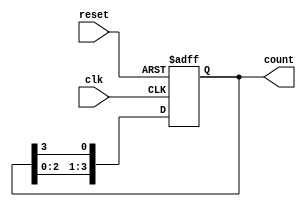
module ring_counter #(
    parameter COUNTER_WIDTH = 4  // Number of stages (flip-flops)
)(
    input wire clk,               // Clock signal
    input wire reset,             // Asynchronous reset signal
    output reg [COUNTER_WIDTH-1:0] count // Output of the ring counter
);

// Sequential logic for the ring counter
always @(posedge clk or posedge reset) begin
    if (reset) begin
        // Initialize the counter to a known state
        count <= 1'b1; // Set the first flip-flop to '1', others to '0'
    end else begin
        // Shift the '1' to the next flip-flop
        count <= {count[COUNTER_WIDTH-2:0], count[COUNTER_WIDTH-1]};
    end
end

endmodule